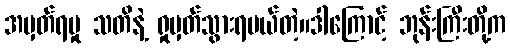
အမှတ်ရမှု သတိနဲ့ ရှုမှတ်သွားရမယ်တဲ့။ဒါကြောင့် ဘုန်းကြီးတို့က